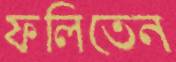
ফলিতেন